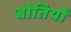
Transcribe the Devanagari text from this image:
बोतियों